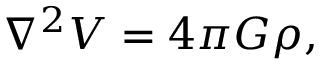
\nabla ^ { 2 } V = 4 \pi G \rho ,